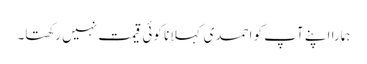
ہمارا اپنے آپ کو احمدی کہلانا کوئی قیمت نہیں رکھتا۔